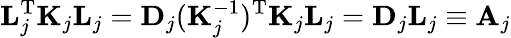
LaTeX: \mathbf{L}_{j}^{\mathrm{T}}\mathbf{K}_{j}\mathbf{L}_{j}=\mathbf{D}_{j}(\mathbf{K}_{j}^{-1})^{\mathrm{T}}\mathbf{K}_{j}\mathbf{L}_{j}=\mathbf{D}_{j}\mathbf{L}_{j}\equiv\mathbf{A}_{j}